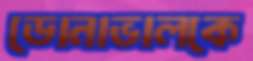
ডোনাভালকে